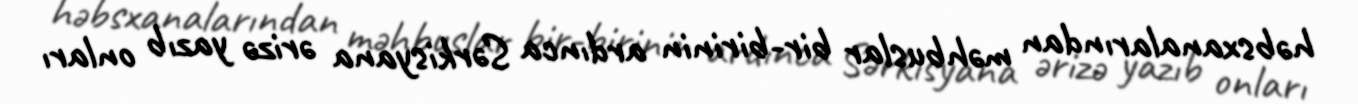
həbsxanalarından məhbuslar bir-birinin ardınca Sərkisyana ərizə yazıb onları